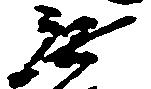
無